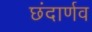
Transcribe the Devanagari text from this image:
छंदार्णव